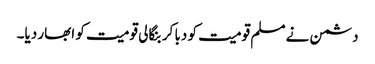
دشمن نے مسلم قومیت کو دبا کر بنگالی قومیت کو ابھار دیا۔